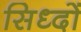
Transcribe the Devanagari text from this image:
सिध्दों